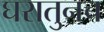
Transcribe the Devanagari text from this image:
घरातुनच